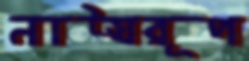
নাট্যরূপ